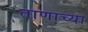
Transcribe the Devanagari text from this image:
ताणाच्या